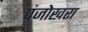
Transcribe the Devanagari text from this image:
पंजोखरा